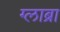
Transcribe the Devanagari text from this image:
ग्लाब्रा